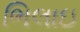
ભિલાઇ